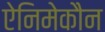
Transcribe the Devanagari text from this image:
ऐनिमेकौन